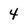
Character: 4